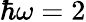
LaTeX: \hbar\omega=2